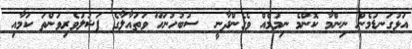
އަޅުގަނޑުމެން ނިންމާ ކޮންމެ ނިމުމެއް ވެގެންދާނީ  ސުބުހުނަހޫ ވަތައާލާގެ ފަޟުލުވެރިވަންތަ ކަމާއި